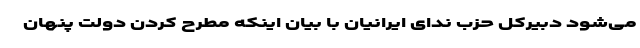
می‌شود دبیرکل حزب ندای ایرانیان با بیان اینکه مطرح کردن دولت پنهان